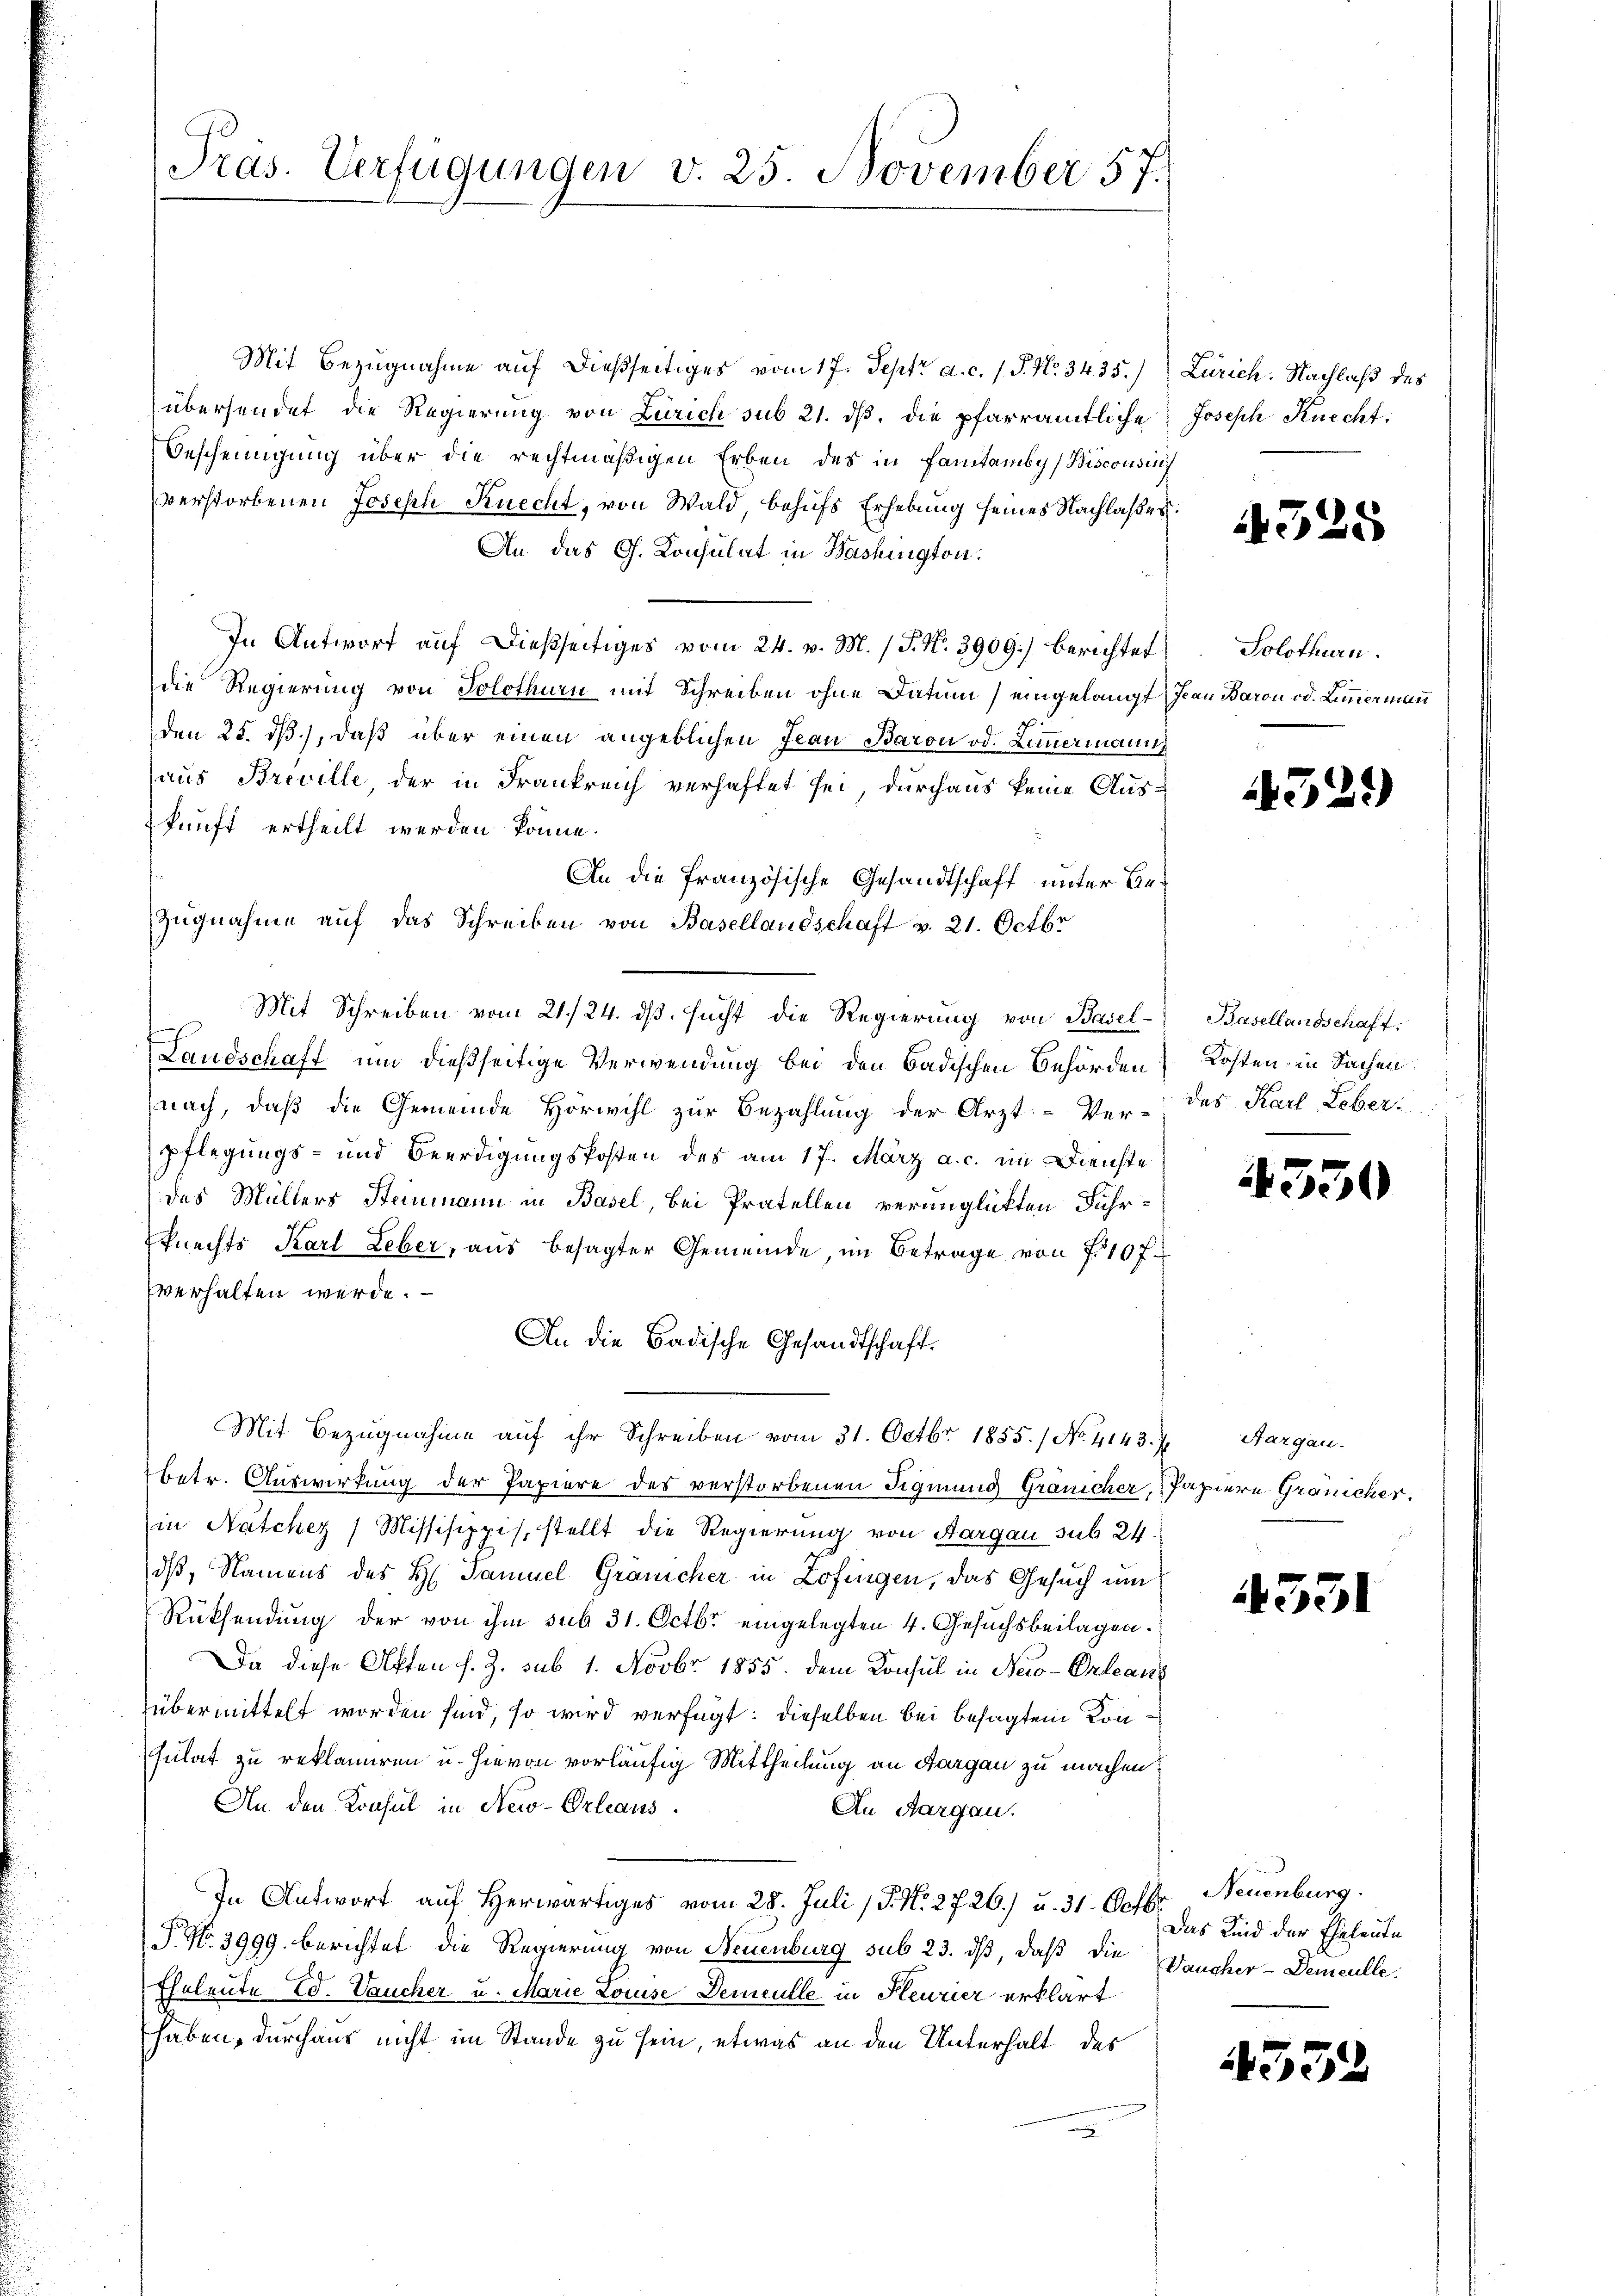
Präs. Verfügungen v. 25. November 57.

Mit Bezugnahme auf dießseitiges vom 17. Sept. a. c. 1 P. Nr. 34. 35.)
übersendet die Regierung von Zürich sub 21. dβ, die pfarramtliche
Bescheinigung über die rechtmäßigen Erben des in Panitamby) Bisconsin
verstorbenen Joseph Knecht, von Wald behufs Erhebung seines Nachlaße
An. das G. Konsulat in Bashington.
In Antwort auf dießseitiges vom 24. v. M. / P. N. 3909) berichtet
die Regierung von Solothurn mit Schreiben ohne Datum) eingelangt
(den 25. dß), daß über einen angeblichen Jean Baron od. Limmermann
aus Breville, der in Frankreich verhaftet sei, durchaus keine Auskunft ertheilt werden könne.
An die französische Gesandtschaft unter Be¬
Zŭgnahme aŭf das Schreiben von Basellandschaft v. 21. Octbr
Mit Schreiben vom 21./24. ds. sucht die Regierung von Basel-
Landschaft um dießseitige Verwendung bei den Badischen Behörden
(nach, daß die Gemeinde Horwihl zur Bezahlung der Arzt-Ver-
pflegungs- und Beerdigungskosten des am 17. März a. c. im Dienste
des Müllers Steinmann in Basel, bei Pratellen verunglückten Fuhrknechts Karl Leber, aus besagter Gemeinde, im Betrage von 710 f.
verhalten werde.
An die Badische Gesandtschaft.
Mit Bezugnahme aŭf ihr Schreiben vom 31. Octbr. 1855. / No. 4143.)
Betr. Auswirkung der Papiere des verstorbenen Sigmung Gränicher,
in Natcher Missisippis, stellt die Regierung von Aargau sub 24.
dß, Namens des H. Samuel Gränicher in Zofingen, das Gesuch um
Rücksendung der von ihm sub 31. Octbr eingelegten 4. Gesuchsbeilagen.
Da diese Akten s. Z. sub 1. Novbr 1855. dem Konsul in Neio-Orlean
übermittelt worden sind, so wird verfügt: dieselben bei besagten Konsulat zu reklamiren u. hievon vorläufig Mittheilung an Aargau zu machen?
An den Konsul in New-Orleaus.
An Aargau.
In Antwort auf herwärtiges vom 28. Juli (T. N. 2726) u. 31. Octbr. Neuenburg.
P. Nr. 3999. berichtet die Regierung von Neuenburg sub 23. ds, daß die
Eheleute Ed. aucher u. Marie Louise Demculle in Feurier erklärt
haben, durchaus nicht im Stande zu sein, etwas an den Unterhalt des

.

Zürich. Nachlaß des
Joseph Knecht:
f

1325

Solothurn.
Jean Baron od. Lunermann

1329)

Basellandschaft.
Kosten in Sachen
des Karl Leber.
.

350

Aargau.
Papiere Gränicher.

4531

Das Kind der Eheleute
Vaucher-Demculle.

4332